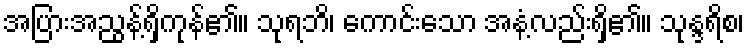
အပြားအညွန့်ရှိကုန်၏။ သုရဘိ၊ ကောင်းသော အနံ့လည်းရှိ၏။ သုန္ဒရိစ၊